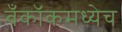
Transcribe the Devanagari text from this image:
बँकॉकमध्येच